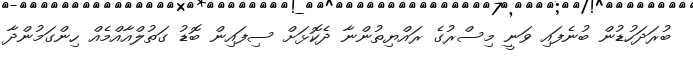
ބުރަދަހުޑުން ބުނެފައި ވަނީ މިސްރުގެ ރައްޔިތުންނާ ދެކޮޅަށް ސިފައިން ބޮޑު ގަތުލްއާއްމެއް ހިންގަމުންދާ